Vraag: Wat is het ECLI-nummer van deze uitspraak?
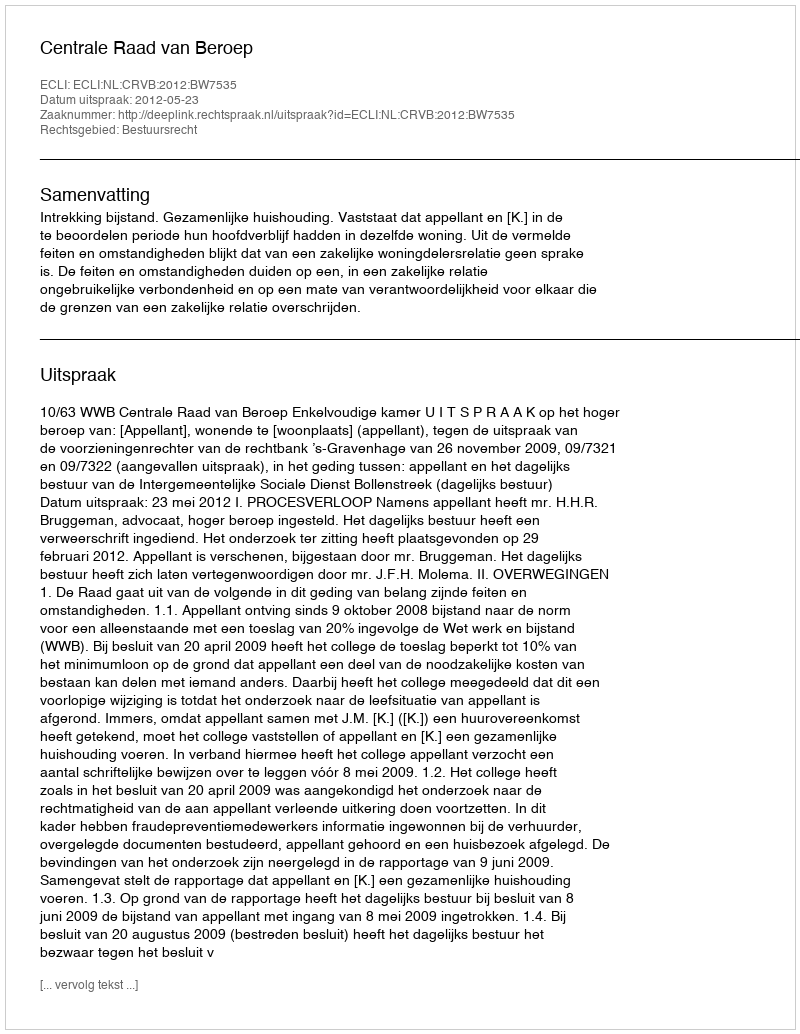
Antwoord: ECLI:NL:CRVB:2012:BW7535